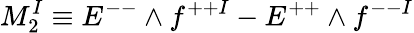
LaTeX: M_{2}^{I}\equiv E^{--}\wedge f^{++I}-E^{++}\wedge f^{--I}